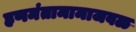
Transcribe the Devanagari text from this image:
हणमंतामामाजवळ